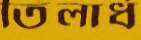
তিলার্ধ